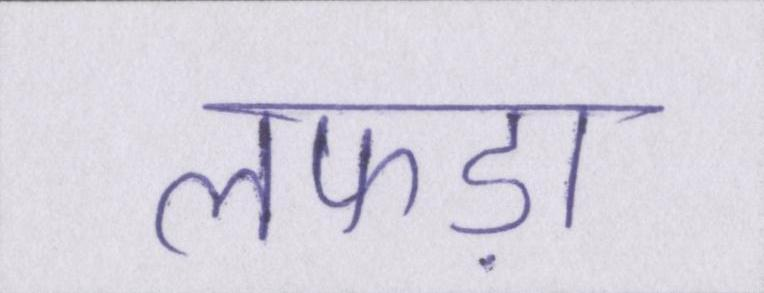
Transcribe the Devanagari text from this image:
लफड़ा